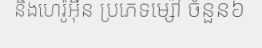
និងហេរ៉ូអ៊ីន ប្រភេទម្ស៉ៅ ចំនួន៦